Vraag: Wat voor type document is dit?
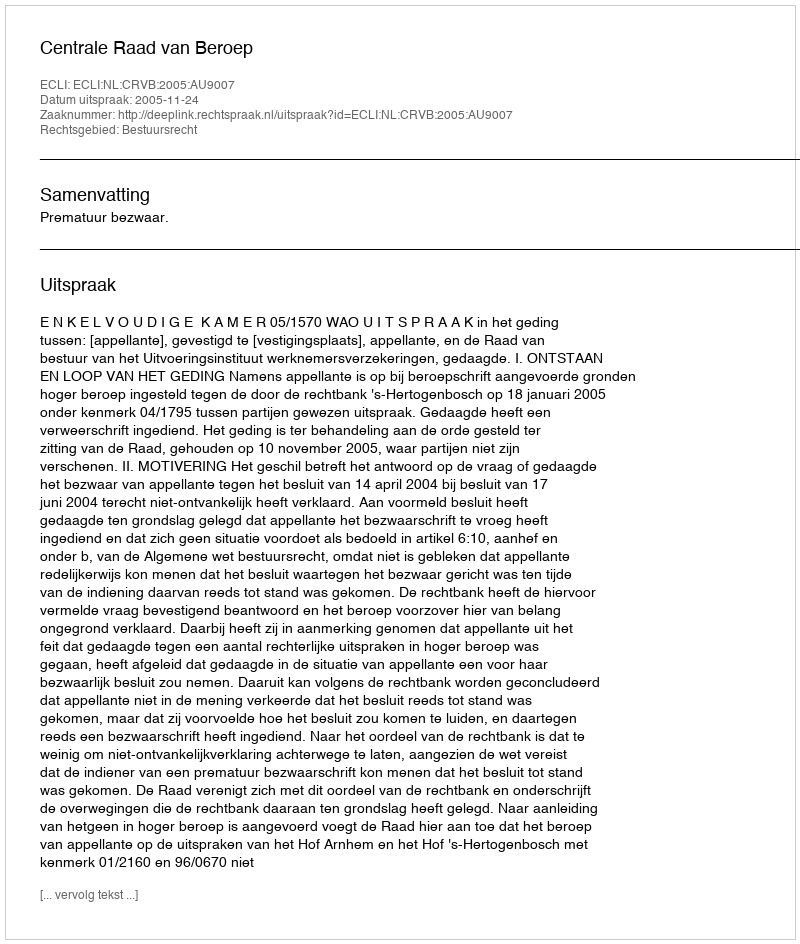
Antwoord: Uitspraak